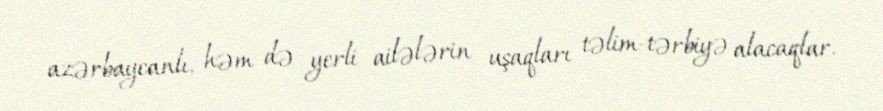
azərbaycanlı, həm də yerli ailələrin uşaqları təlim-tərbiyə alacaqlar.